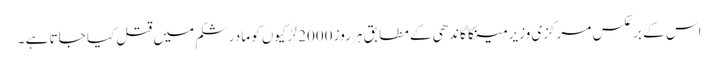
اس کے برعکس مرکزی وزیر مینکا گاندھی کے مطابق ہر روز 2000 لڑکیوں کو مادرشکم میں قتل کیا جاتا ہے ۔